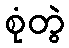
စုံတွဲ